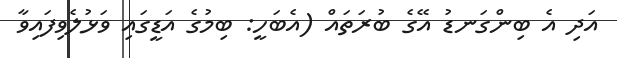
އަދި އެ ބިންގަނޑު އޭގެ ބުރަތައް (އެބަހީ: ބިމުގެ އަޑީގައި ވަޅުލެވިފައިވާ